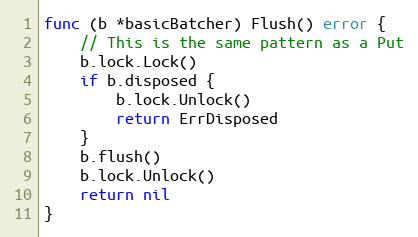
Language: Go
func (b *basicBatcher) Flush() error {
	// This is the same pattern as a Put
	b.lock.Lock()
	if b.disposed {
		b.lock.Unlock()
		return ErrDisposed
	}
	b.flush()
	b.lock.Unlock()
	return nil
}